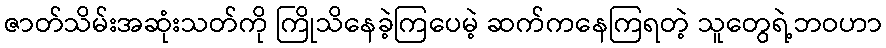
ဇာတ်သိမ်းအဆုံးသတ်ကို ကြိုသိနေခဲ့ကြပေမဲ့ ဆက်ကနေကြရတဲ့ သူတွေရဲ့ဘဝဟာ